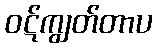
ဝဋ်ကျွတ်တာပ